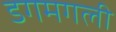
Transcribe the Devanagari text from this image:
डगमगली